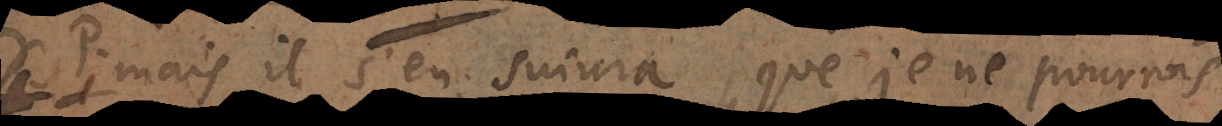
P. Mais il s’en suivra que je ne pourrois